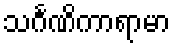
သင်္ဂဏိကာရာမာ